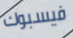
فيسبوك